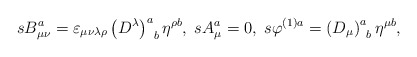
\begin{align*}sB_{\mu \nu }^a=\varepsilon _{\mu \nu \lambda \rho }\left(D^\lambda \right) _{\;\;b}^a\eta ^{\rho b},\;sA_\mu ^a=0,\;s\varphi^{(1)a}=\left( D_\mu \right) _{\;\;b}^a\eta ^{\mu b},\end{align*}